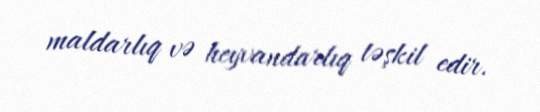
maldarlıq və heyvandarlıq təşkil edir.